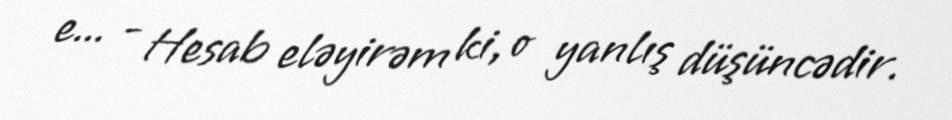
e... - Hesab eləyirəm ki, o yanlış düşüncədir.